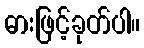
ဓားဖြင့်ခုတ်ပါ။